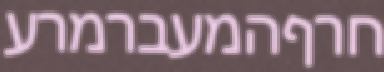
חרףהמעברמרע